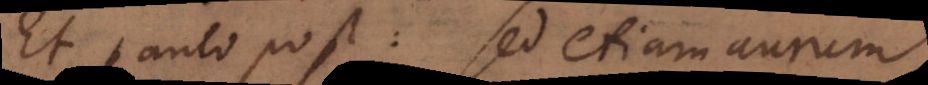
Et paulo post: sed etiam aurum